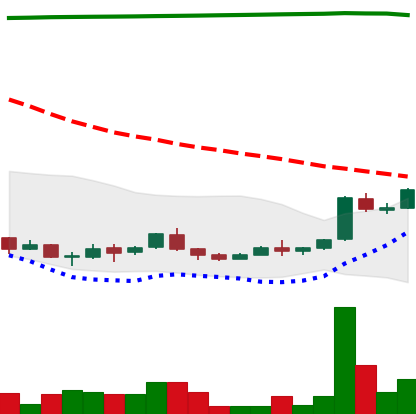
Ticker: ADA-USD
Chart end date: 2018-04-15
Forward return: 36.071%
Label: up_7plus